画像に写った文字を読んでください
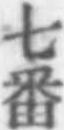
「七番」と書いてあります